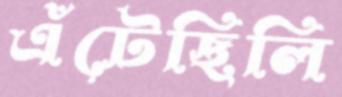
এঁটেছিলি